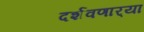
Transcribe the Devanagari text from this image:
दर्शवणार्‍या